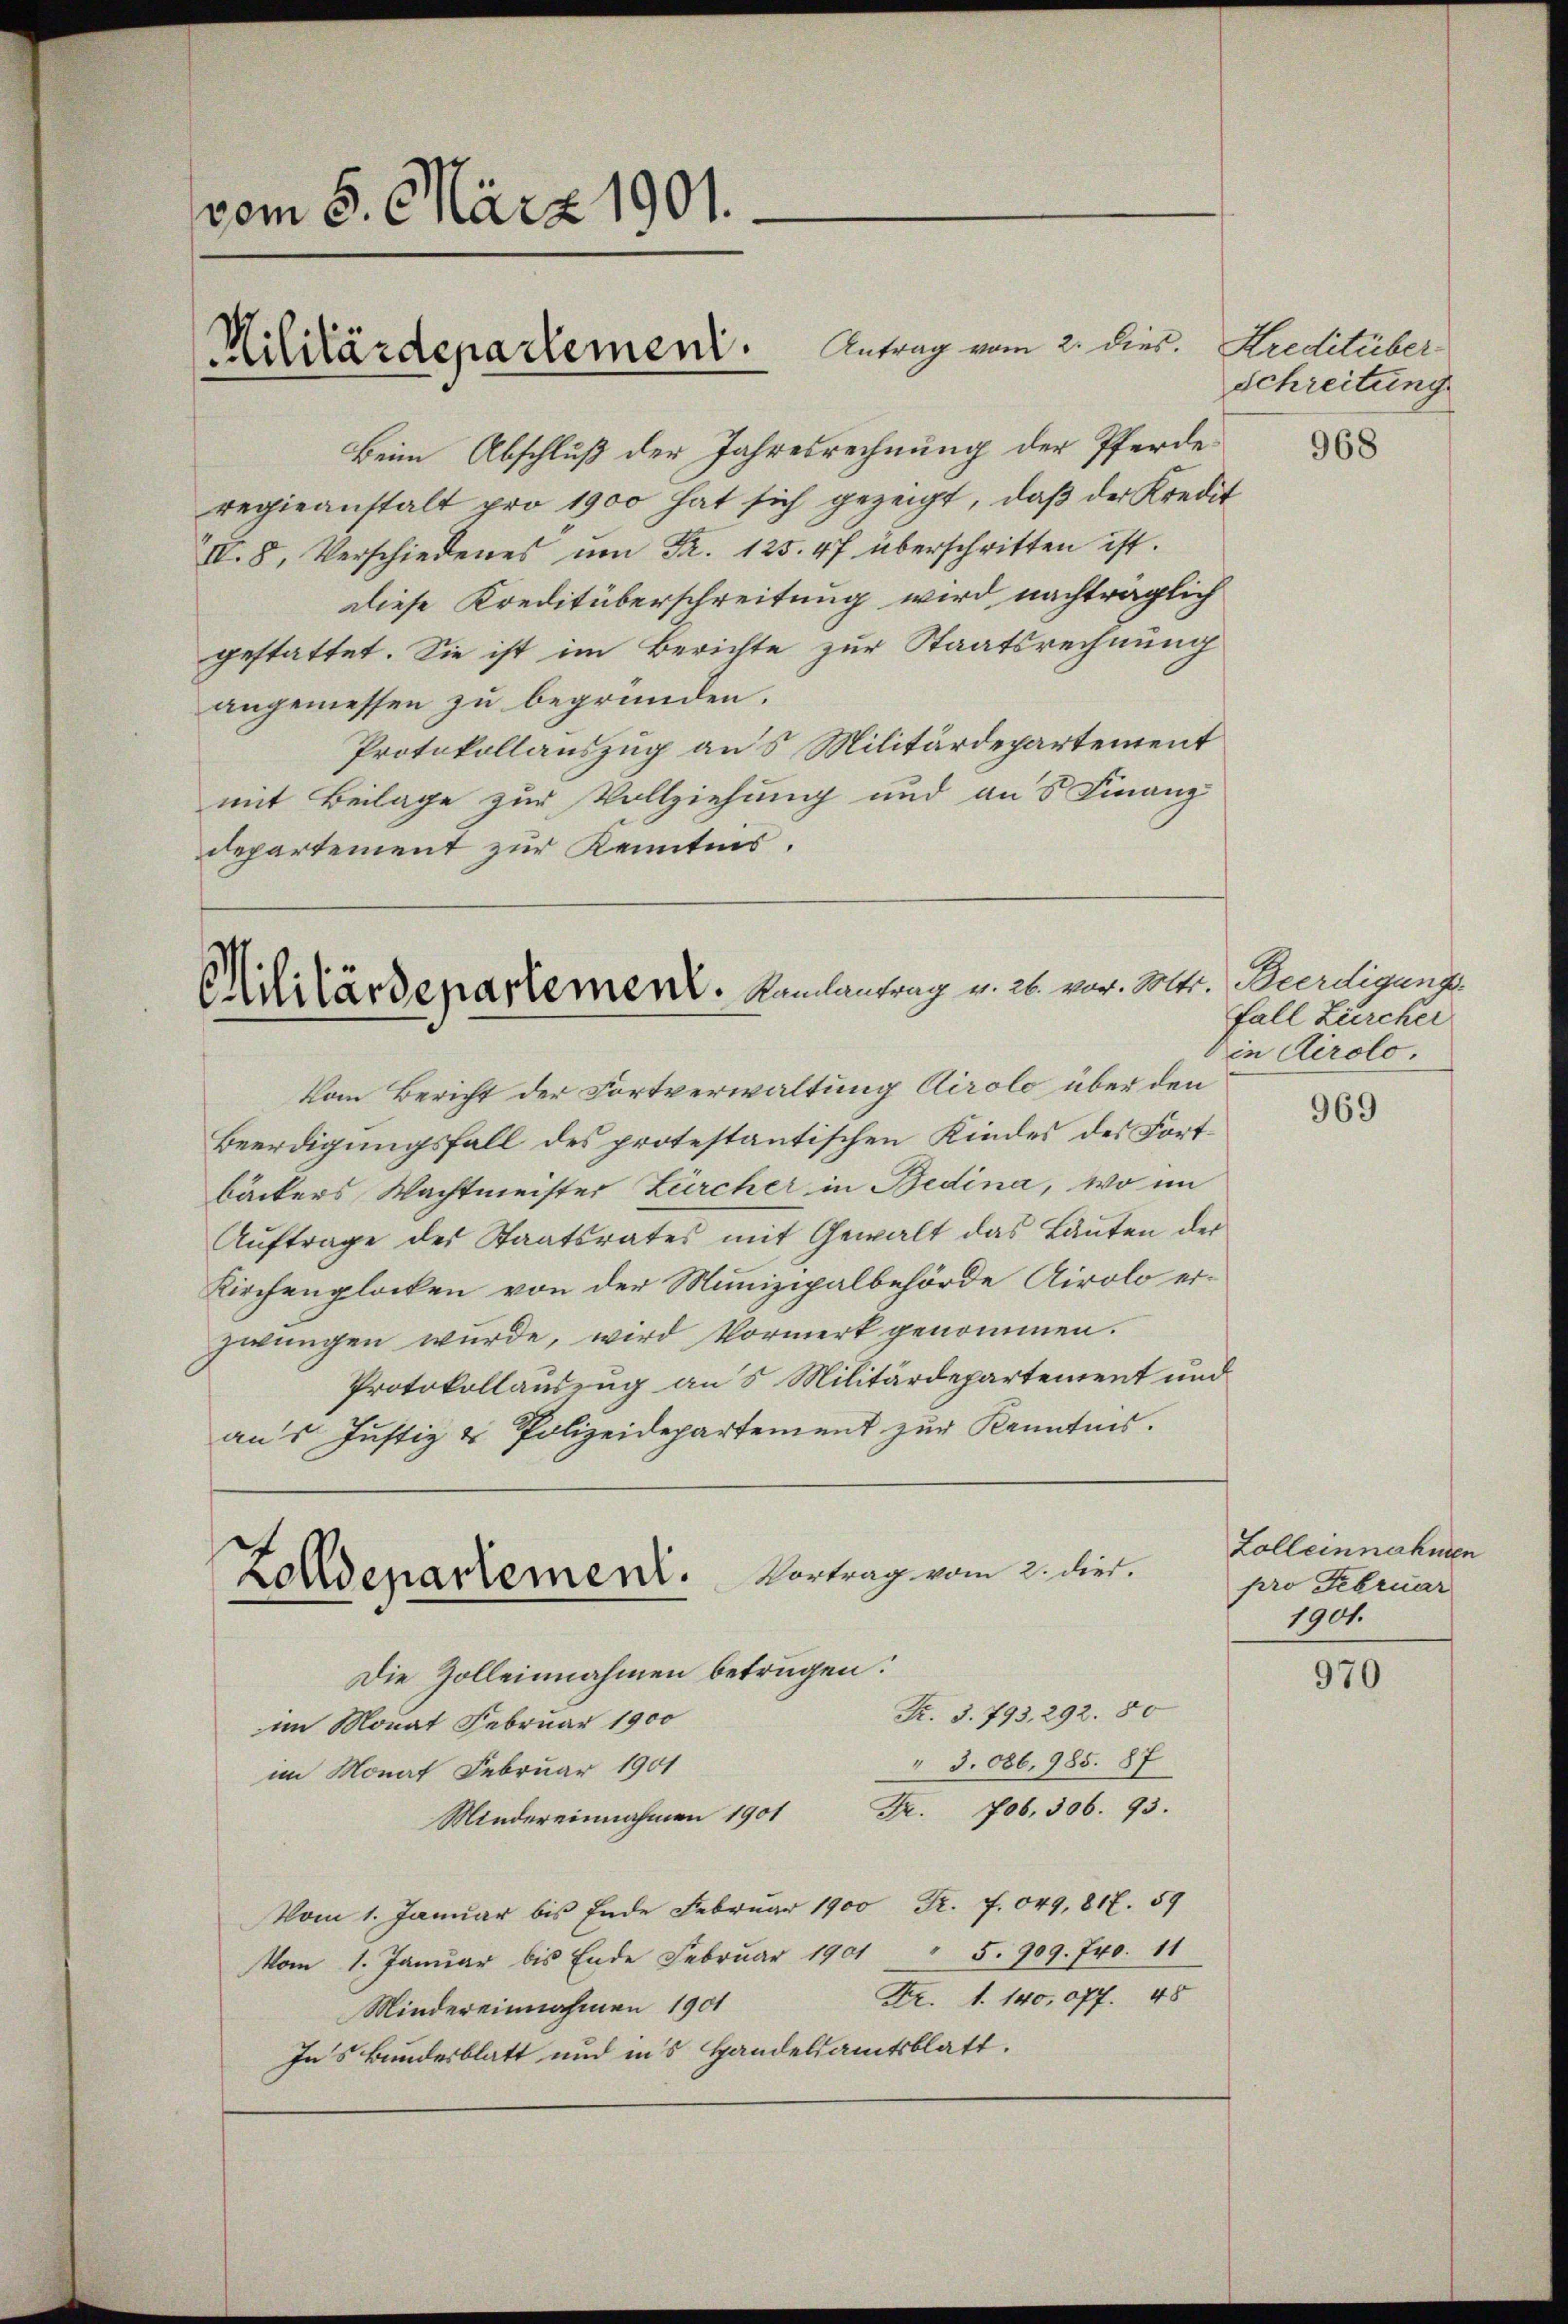
vom 5. März 1901.
n

Beim Abschluß der Jahresrechnung der Pferderegieanstalt pro 1900 hat sich gezeigt, daß der Kredit
IV. 8, Verschiedenes ŭm Fr. 125. 47 überschritten ist.
diese Kreditüberschreitung wird nachträglich
gestattet. Sie ist im Berichte zur Staatsrechnung
angemessen zu begründen.
Protokollauszug aus Militärdepartement
mit Beilage zur Vollziehung und aus Finanz
departement zur Kenntnis.

Militärdepartement. Antrag vom 2. Dier.

Militärdepartement. Kanalantrag v. 26. vor. Soltr. Beerdigungs

Vom Bericht der Fortverwaltung Airolo über den
Beerdigungsfall des protestantischen Kindes des Fortbäckers Wachtmeister Zürcher in Bedina, wo im
Aŭftrage des Staatsrates mit Gewalt das Lanten der
Kirchenglocken von der Munizipalbehörde Airolo erzwungen wurde, wird Vormerk genommen.
Protokollauszug an 5 Militärdepartement und
aus Justiz & Polizeidepartement zur Kenntnis.
Vortrag vom 2. dies.
Zolldepartement.
Die Zolleinnahmen betrügen.
Fr. 3. 793, 292. 80
im Monat Februar 1900
" 3.086, 985. 87
im Monat Februar 1901
Fr. 706, 306. 93.
Mindereinnahmen 1901
Vom 1. Januar bis Ende Februar 1900 Fr. 7. 049, 817. 59
Vom 1. Januar bis Ende Februar 1901 " 5. 909. 740. 11
Fr. 1. 140,077. 48
Mindereinnahmen 1901
Ins Bundesblatt und in’s Handelsamtsblatt.

Kreditüber
Schreitung

968

Fall Zürcher
in Airolo.

969

Zolleinnahmen
pro Februar
1901.

970